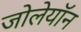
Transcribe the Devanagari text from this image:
जोलेयॉन